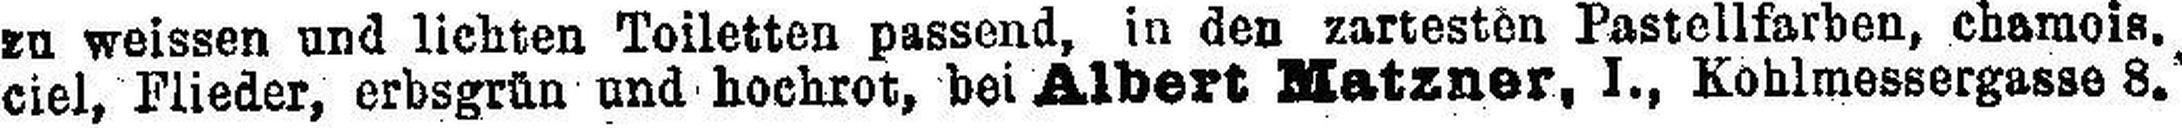
ciel, Flieder, erbsgrün und hochrot, bei Albert Matzner, I., Kohlmessergasse. 8.